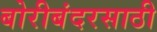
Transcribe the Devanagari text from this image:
बोरीबंदरसाठी